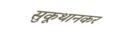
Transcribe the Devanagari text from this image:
सुकूथानकर